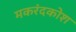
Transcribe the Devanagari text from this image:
मकरंदकोश